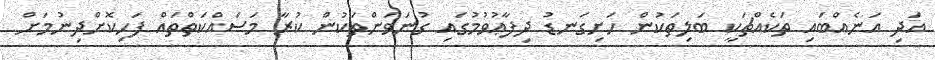
އަދި އަނެއްބައި ތަކެއްޗަކީ ބަލިތަކުން ހަށިގަނޑު ދިފާޢުވުމުގައި ގުނަވަންތަކުން ކުރާ މަސައްކަތްތައް ފަހިކޮށްދިނުމަށް